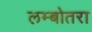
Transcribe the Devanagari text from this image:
लम्बोतरा